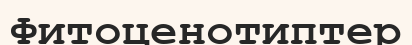
Фитоценотиптер